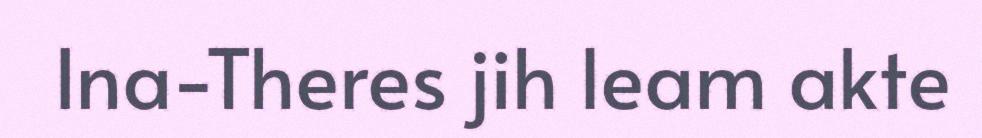
Ina-Theres jih leam akte